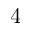
4